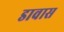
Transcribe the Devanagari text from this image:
डावास